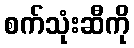
စက်သုံးဆီကို